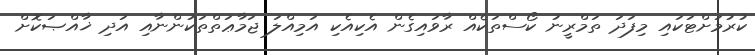
ކުރުމަށްޓަކައި މިފަދަ ތަމްރީނު ކޯސްތަކެއް ރާވައިގެން އެކިއެކި އަމިއްލަ ޖަމާޢަތްތަކުންނާއި އަދި ޚާއްޞަކޮށް